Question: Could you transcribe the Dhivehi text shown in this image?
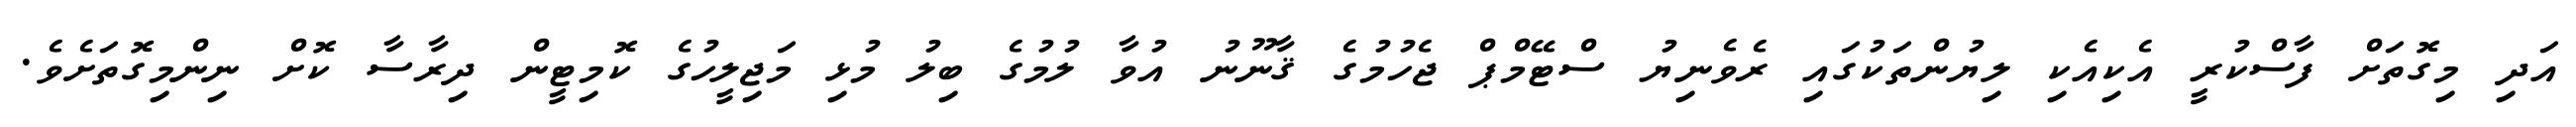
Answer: އަދި މިގޮތަށް ފާސްކުރީ އެކިއެކި ލިޔުންތަކުގައި ރެވެނިޔު ސްޓޭމްޕް ޖެހުމުގެ ޤާނޫނު އުވާ ލުމުގެ ބިލު މުޅި މަޖިލީހުގެ ކޮމިޓީން ދިރާސާ ކޮށް ނިންމިގޮތަށެވެ.